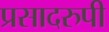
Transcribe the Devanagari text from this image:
प्रसादरुपी